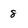
Character: 8